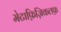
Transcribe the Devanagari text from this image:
मेटाफ़िज़िकलफ़